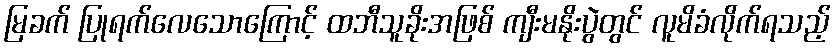
မြခက် ပြုရက်လေသောကြောင့် ထဘီသူခိုးအဖြစ် ကျီးမနိုးပွဲတွင် လူမိခံလိုက်ရသည့်